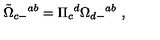
{ \tilde { \Omega } } _ { c - } { } ^ { a b } = \Pi _ { c } { } ^ { d } \Omega _ { d - } { } ^ { a b } \ ,